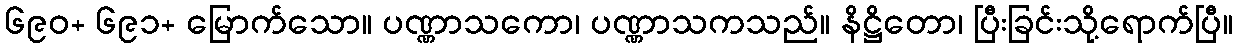
၆၉၀+ ၆၉၁+ မြောက်သော။ ပဏ္ဏာသကော၊ ပဏ္ဏာသကသည်။ နိဋ္ဌိတော၊ ပြီးခြင်းသို့ရောက်ပြီ။